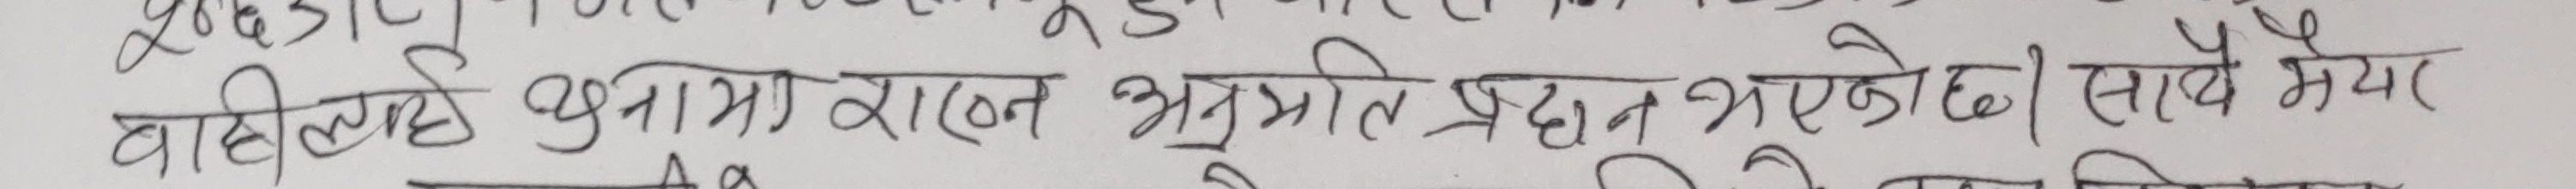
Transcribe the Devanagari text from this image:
बालीलाई कुनीमा रासन अनुपति प्रदान भएको छ। सवै भेय